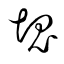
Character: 塊